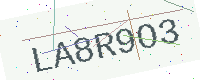
Text: LA8R9O3